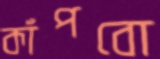
কাঁপবো